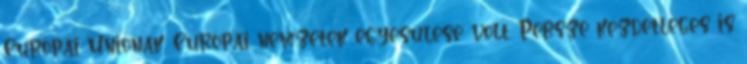
Európai Uniónak. Európai nemzetek egyesülése volt. Persze kezdetleges is